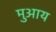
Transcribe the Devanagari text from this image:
मुआय